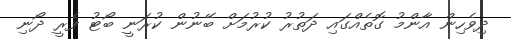
ދިވެހިން އާންމު ގޮތެއްގައި ދަތުރު ކުރުމަށް ބޭނުން ކުރަނީ ބޯޓު ފެރީ ދޯނި